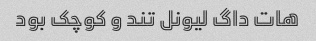
هات داگ لیونل تند و کوچک بود